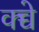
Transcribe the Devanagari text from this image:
क्च्चे